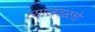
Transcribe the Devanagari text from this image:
त्याजवळचे